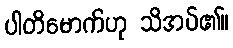
ပါတိမောက်ဟု သိအပ်၏။